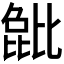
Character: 𬆺